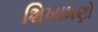
શિખામણો